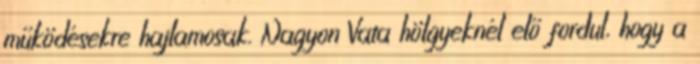
működésekre hajlamosak. Nagyon Vata hölgyeknél elő fordul, hogy a